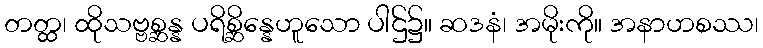
တတ္ထ၊ ထိုသဗ္ဗစ္ဆန္န ပရိစ္ဆိန္နေဟူသော ပါဌ်၌။ ဆဒနံ၊ အမိုးကို။ အနာဟစဿ၊